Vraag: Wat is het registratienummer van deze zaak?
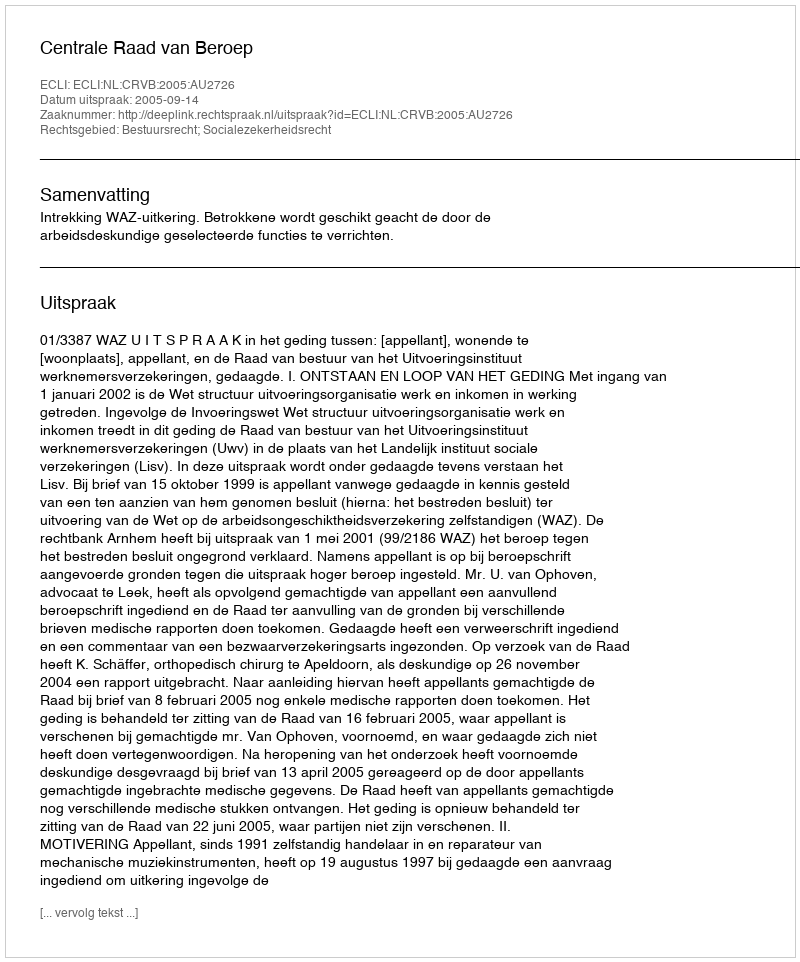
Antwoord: http://deeplink.rechtspraak.nl/uitspraak?id=ECLI:NL:CRVB:2005:AU2726